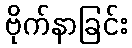
ဗိုက်နာခြင်း